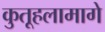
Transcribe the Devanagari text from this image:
कुतूहलामागे